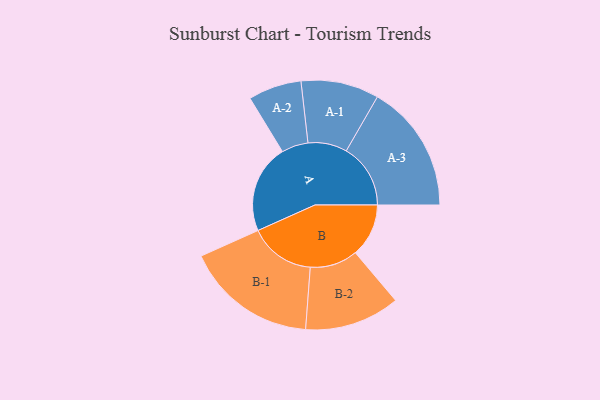
{"axis": {"x": "Segment", "y": "Value"}, "legend": ["", "A", "B"], "data": [{"x": "A", "y": 379, "type": ""}, {"x": "B", "y": 228, "type": ""}, {"x": "A-1", "y": 167, "type": "A"}, {"x": "A-2", "y": 114, "type": "A"}, {"x": "A-3", "y": 275, "type": "A"}, {"x": "B-1", "y": 282, "type": "B"}, {"x": "B-2", "y": 204, "type": "B"}]}